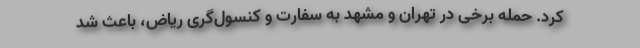
کرد. حمله برخی در تهران و مشهد به سفارت و کنسول‌گری ریاض، باعث شد